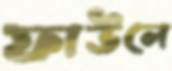
ফাউলে